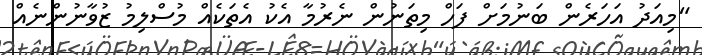
"މިއަދު އަހަރެން ބަނުމަށް ފަހް މިތަނުން ނެރުމާ އެކު އެތަކެއް މުސްލިމު ޒުވާނުންނެއް